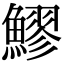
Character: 𬵩